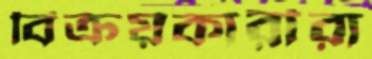
বিক্রয়কারীরা